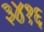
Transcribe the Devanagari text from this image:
३४१६